Civil Veterinary Department. Madras. Admin. report 1926-33 - 1926-1933
Year: 1926
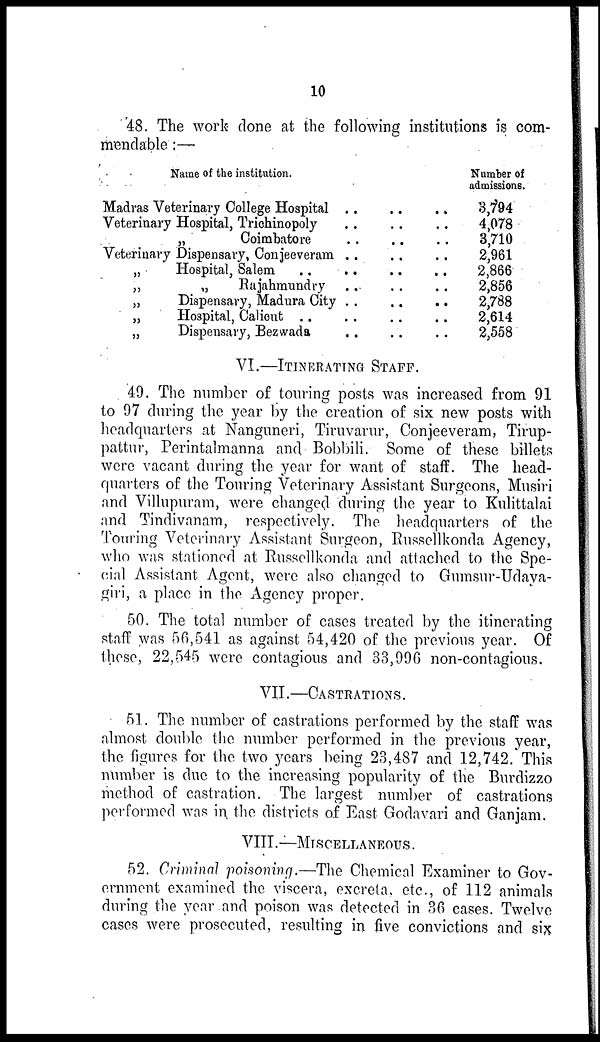
10
48. The work done at the following institutions is com-
mendable :—
Name of the institution.
Madras Veterinary College Hospital
Veterinary Hospital, Trichinopoly
„
Coimbatore
Veterinary Dispensary, Conjeeveram
„
Hospital, Salem . .
„
„
Rajahmundry
„
Dispensary, Madura City
„
Hospital, Calient . .
„
Dispensary, Bezwada
. .
. .
. .
. .
. .
. .
. .
. .
. .
. .
. .
. .
. .
. .
. .
. .
. .
. .
. .
. .
. .
. .
. .
. .
. .
. .
. .
Number of
admissions.
3,794
4,078
3,710
2,961
2,866
2,856
2,788
2,614
2,558
VI.—ITINERATING STAFF.
49. The number of touring posts was increased from 91
to 97 during the year by the creation of six new posts with
headquarters at Nanguneri, Tiruvarur, Conjeeveram, Tirup-
pattur, Perintalmanna and Bobbili. Some of these billets
were vacant during the year for want of staff. The head-
quarters of the Touring Veterinary Assistant Surgeons, Musiri
and Villupuram, were changed during the year to Kulittalai
and Tindivanam, respectively. The headquarters of the
Touring Veterinary Assistant Surgeon, Russellkonda Agency,
who was stationed at Russellkonda and attached to the Spe-
cial Assistant Agent, were also changed to Gumsur-Udaya-
giri, a place in the Agency proper.
50. The total number of cases treated by the itinerating
staff was 56,541 as against 54,420 of the previous year. Of
these, 22,545 were contagious and 33,996 non-contagious.
VII.—CASTRATIONS.
51. The number of castrations performed by the staff was
almost double the number performed in the previous year,
the figures for the two years being 23,487 and 12,742. This
number is due to the increasing popularity of the Burdizzo
method of castration. The largest number of castrations
performed was in the districts of East Godavari and Ganjam.
VIII.—MISCELLANEOUS
.
52. Criminal poisoning.—The Chemical Examiner to Gov-
ernment examined the viscera, excreta, etc., of 112 animals
during the year and poison was detected in 36 cases. Twelve
cases were prosecuted, resulting in five convictions and six